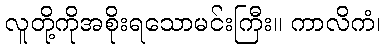
လူတို့ကိုအစိုးရသောမင်းကြီး။ ကာလိကံ၊